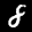
Label: 8